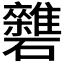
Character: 𥗱